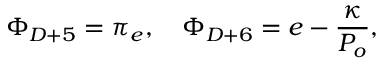
\Phi _ { D + 5 } = \pi _ { e } , \quad \Phi _ { D + 6 } = e - \frac { \kappa } { { \cal P } _ { o } } ,